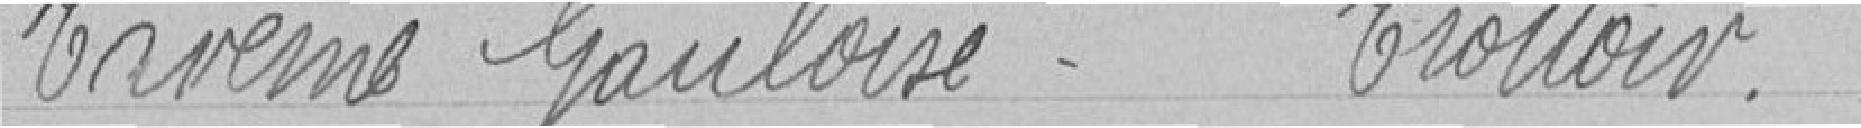
Travaux Gauloise - Trottoir.